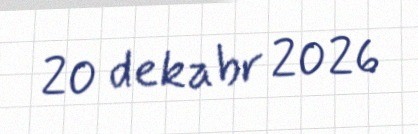
20 dekabr 2026